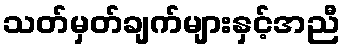
သတ်မှတ်ချက်များနှင့်အညီ